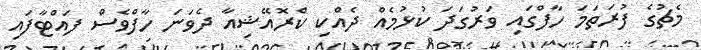
މެޗުގެ ފުރަތަމަ ހާފްގައި ވަރުގަދަ ކުޅުމެއް ދެއްކި ކްރޮއޭޝިއާ ދެވަނަ ހާފްވެސް ފައްޓާފައި